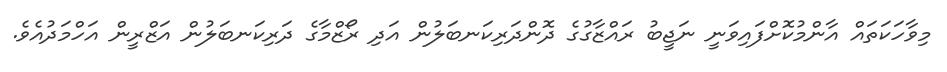
މިވާހަކަތައް އާންމުކޮށްފައިވަނީ ނަޖީބު ރައްޒާގުގެ ދޮންދަރިކަނބަލުން އަދި ރޯޒްމާގެ ދަރިކަނބަލުން އަޒްރީން އަހްމަދުއެވެ.